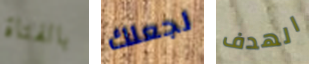
بالفتاة لجعلك الهدف